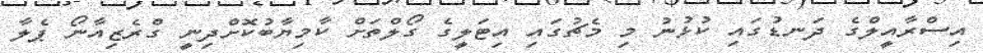
އިސްރާއީލްގެ ދަނޑުގައި ކުޅުނު މި މެޗުގައި އިޓަލީގެ ގޯލްތަށް ކާމިޔާބުކޮށްދިނީ ގްރެޒިއާނޯ ޕެލާ